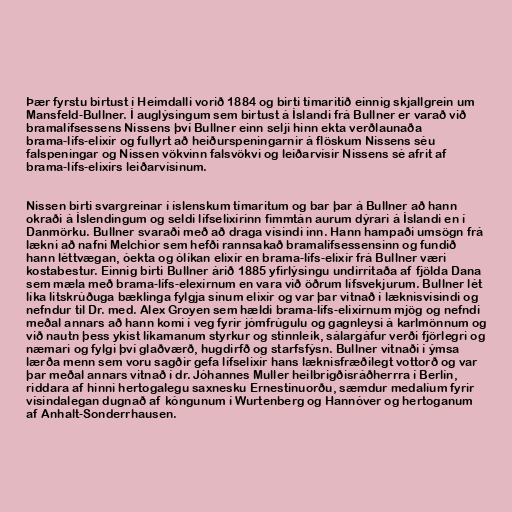
Þær fyrstu birtust í Heimdalli vorið 1884 og birti tímaritið einnig skjallgrein um
Mansfeld-Bullner. Í auglýsingum sem birtust á Íslandi frá Bullner er varað við
bramalífsessens Nissens því Bullner einn selji hinn ekta verðlaunaða
brama-lífs-elixír og fullyrt að heiðurspeningarnir á flöskum Nissens séu
falspeningar og Nissen vökvinn falsvökvi og leiðarvísir Nissens sé afrit af
brama-lífs-elixírs leiðarvísinum.

Nissen birti svargreinar í íslenskum tímaritum og bar þar á Bullner að hann
okraði á Íslendingum og seldi lífselixírinn fimmtán aurum dýrari á Íslandi en í
Danmörku. Bullner svaraði með að draga vísindi inn. Hann hampaði umsögn frá
lækni að nafni Melchior sem hefði rannsakað bramalífsessensinn og fundið
hann léttvægan, óekta og ólíkan elixír en brama-lífs-elixír frá Bullner væri
kostabestur. Einnig birti Bullner árið 1885 yfirlýsingu undirritaða af fjölda Dana
sem mæla með brama-lífs-elexírnum en vara við öðrum lífsvekjurum. Bullner lét
líka litskrúðuga bæklinga fylgja sínum elixír og var þar vitnað í læknisvísindi og
nefndur til Dr. med. Alex Groyen sem hældi brama-lífs-elixírnum mjög og nefndi
meðal annars að hann komi í veg fyrir jómfrúgulu og gagnleysi á karlmönnum og
við nautn þess ykist líkamanum styrkur og stinnleik, sálargáfur verði fjörlegri og
næmari og fylgi því glaðværð, hugdirfð og starfsfýsn. Bullner vitnaði í ýmsa
lærða menn sem voru sagðir gefa lífselixír hans læknisfræðilegt vottorð og var
þar meðal annars vitnað í dr. Jóhannes Muller heilbrigðisráðherrra í Berlín,
riddara af hinni hertogalegu saxnesku Ernestínuorðu, sæmdur medalíum fyrir
vísindalegan dugnað af kóngunum í Wurtenberg og Hannóver og hertoganum
af Anhalt-Sonderrhausen.